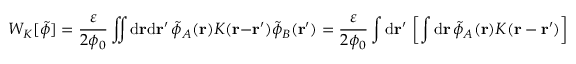
W _ { K } [ \tilde { \phi } ] = \frac { \varepsilon } { 2 \phi _ { 0 } } \iint \mathrm { d } \mathbf { r } \mathrm { d } \mathbf { r } ^ { \prime } \, \tilde { \phi } _ { A } ( \mathbf { r } ) K ( \mathbf { r } - \mathbf { r } ^ { \prime } ) \tilde { \phi } _ { B } ( \mathbf { r } ^ { \prime } ) = \frac { \varepsilon } { 2 \phi _ { 0 } } \int \mathrm { d } \mathbf { r } ^ { \prime } \, \left[ \int \mathrm { d } \mathbf { r } \, \tilde { \phi } _ { A } ( \mathbf { r } ) K ( \mathbf { r } - \mathbf { r } ^ { \prime } ) \right] \tilde { \phi } _ { B } ( \mathbf { r } ^ { \prime } ) .